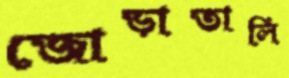
জোড়াতালি